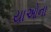
યાઓના